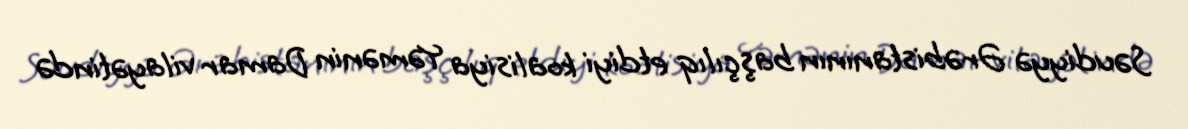
Səudiyyə Ərəbistanının başçılıq etdiyi koalisiya Yəmənin Damar vilayətində